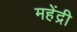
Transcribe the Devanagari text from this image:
महेंद्री